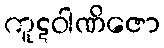
ကူဋဝါဏိဇော